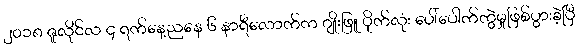
၂၀၁၈ ဇူလိုင်လ ၄ ရက်နေ့ညနေ ၆ နာရီလောက်က ဂျိုးဖြူ ပိုက်လုံး ပေါ်ပေါက်ကွဲမှုဖြစ်ပွားခဲ့ပြီ